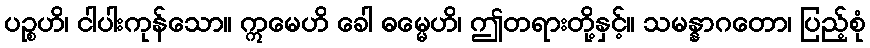
ပဉ္စဟိ၊ ငါပါးကုန်သော။ ဣမေဟိ ခေါ ဓမ္မေဟိ၊ ဤတရားတို့နှင့်။ သမန္နာဂတော၊ ပြည့်စုံ